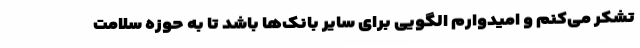
تشکر می‌کنم و امیدوارم الگویی برای سایر بانک‌ها باشد تا به حوزه سلامت